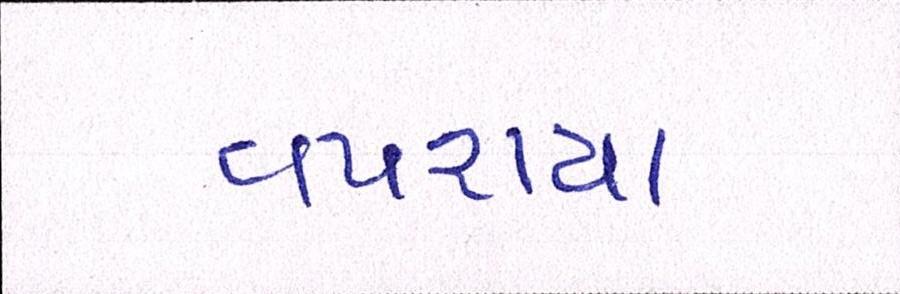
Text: વપરાયા